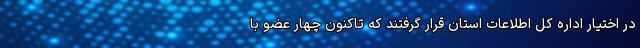
در اختیار اداره کل اطلاعات استان قرار گرفتند که تاکنون چهار عضو با